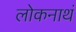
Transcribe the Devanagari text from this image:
लोकनाथं